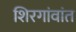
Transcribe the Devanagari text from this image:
शिरगांवांत